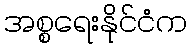
အစ္စရေးနိုင်ငံက